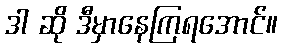
ဒါ ဆို ဒီမှာနေကြရအောင်။